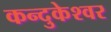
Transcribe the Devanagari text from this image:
कन्दुकेश्वर